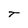
Character: T